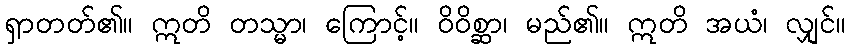
ရှာတတ်၏။ ဣတိ တသ္မာ၊ ကြောင့်။ ဝိဝိစ္ဆာ၊ မည်၏။ ဣတိ အယံ၊ လျှင်။